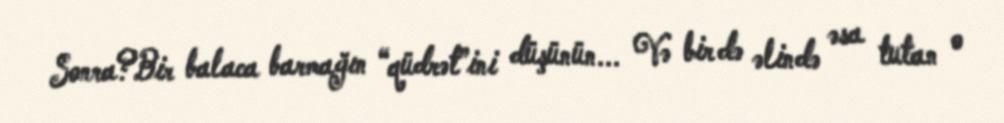
Sonra?Bir balaca barmağın “qüdrət”ini düşünün... Və bir də əlində əsa tutan o